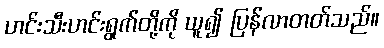
ဟင်းသီးဟင်းရွက်တို့ကို ယူ၍ ပြန်လာတတ်သည်။